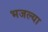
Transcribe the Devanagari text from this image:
भजल्या